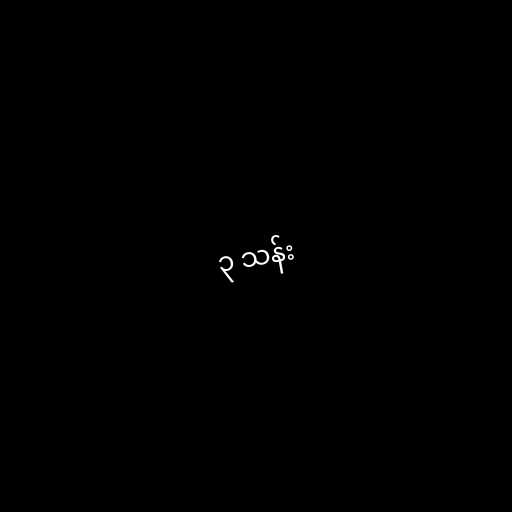
၃ သန်း